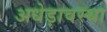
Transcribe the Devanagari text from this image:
अधेड़ावस्था